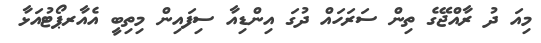
މިއަ ދު ރާއްޖޭގެ ތިން ސަރަހައް ދުގަ އިންޑިއާ ސިފައިން މިތިބީ އެއާރޕޯޓުއަޅާ